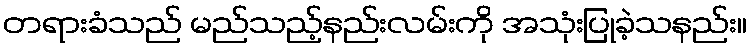
တရားခံသည် မည်သည့်နည်းလမ်းကို အသုံးပြုခဲ့သနည်း။